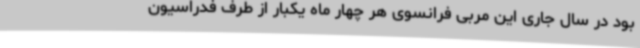
بود در سال جاری این مربی فرانسوی هر چهار ماه یکبار از طرف فدراسیون